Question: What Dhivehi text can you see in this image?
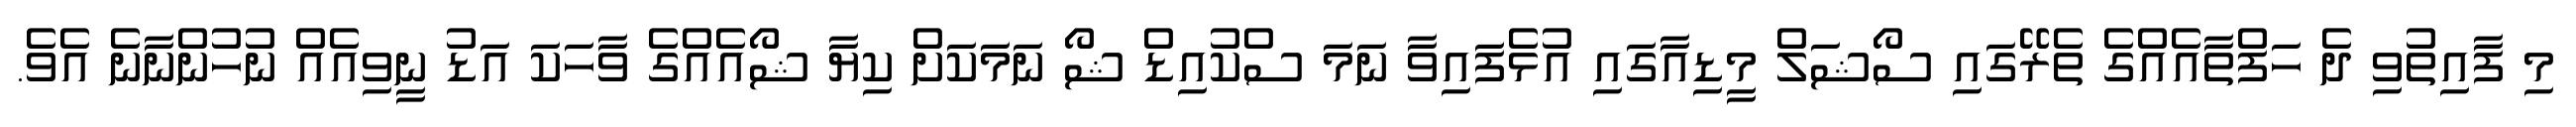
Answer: މި ފާއިތުވި ދެ ހަފްތާއެއްގެ ތެރޭގައި ސޯޝަލް މީޑިއާގައި އުޅެފައިވާ ނަމަ ސްކުއިޑް ޝޯ ނަމަކަށް ކިޔާ ޝޯއެއްގެ ވާހަކަ އަޑު ނީވިއެއް ނުހުންނާނެ އެވެ.